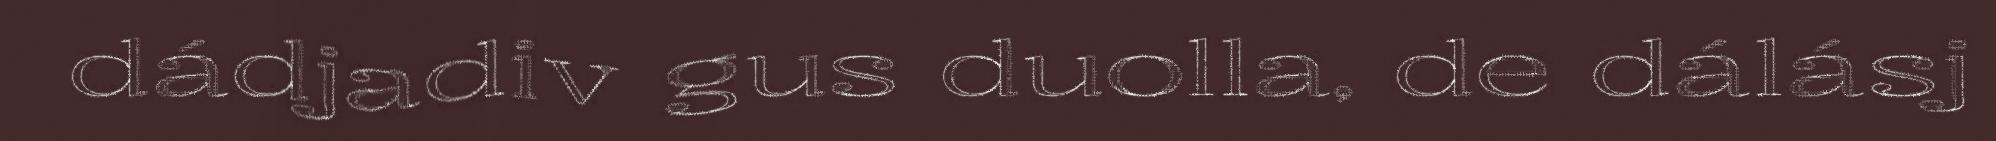
dádjadiv gus duolla, de dálásj